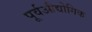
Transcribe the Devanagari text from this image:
पूर्वऔद्योगिक